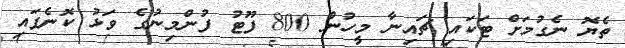
ތެޔޮ ނެގުމަށް ޓަކައި ޗައިނާ މީހުން 800 ފޫޓު ފުންމިނުގެ ވަޅު ކޮނެފައި